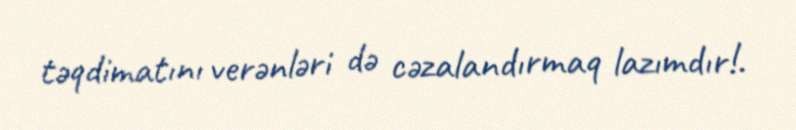
təqdimatını verənləri də cəzalandırmaq lazımdır!.